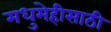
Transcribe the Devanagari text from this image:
मधुमेहीसाठी